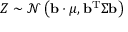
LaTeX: Z \sim { \mathcal { N } } \left( \mathbf { b } \cdot { \boldsymbol { \mu } } , \mathbf { b } ^ { \mathrm { { T } } } { \boldsymbol { \Sigma } } \mathbf { b } \right)